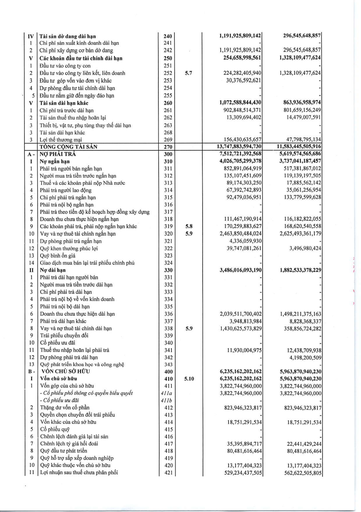
|IV|Tài sản dở dang dài hạn|240||1,191,925,809,142|296,545,648,857| |---|---|---|---|---|---| |1|Chi phí sản xuất kinh doanh dài hạn|241|||| |2|Chi phí xây dựng cơ bản dở dang|242||1,191,925,809,142|296,545,648,857| |V|Các khoản đầu tư tài chính dài hạn|250||254,658,998,561|1,328,109,477,624| |1|Đầu tư vào công ty con|251|||| |2|Đầu tư vào công ty liên kết, liên doanh|252|5.7|224,282,405,940|1,328,109,477,624| |3|Đầu tư góp vốn vào đơn vị khác|253||30,376,592,621|| |4|Dự phòng đầu tư tài chính dài hạn|254|||-| |5|Đầu tư nắm giữ đến ngày đáo hạn|255|||| |V|Tài sản dài hạn khác|260||1,072,588,844,430|863,936,958,974| |1|Chi phí trả trước dài hạn|261||902,848,514,371|801,659,156,249| |2|Tài sản thuế thu nhập hoãn lại|262||13,309,694,402|14,479,007,591| |3|Thiết bị, vật tư, phụ tùng thay thế dài hạn|263|||| |3|Tài sản dài hạn khác|268|||| |3|Lợi thế thương mại|269||156,430,635,657|47,798,795,134| ||TỔNG CỘNG TÀI SẢN|270||13,747,883,594,730|11,583,445,505,916| |A -|NỢ PHẢI TRẢ|300||7,512,721,392,568|5,619,574,565,686| |I|Nợ ngắn hạn|310||4,026,705,299,378|3,737,041,187,457| |1|Phải trả người bán ngắn hạn|311||852,891,064,919|517,381,867,012| |2|Người mua trả tiền trước ngắn hạn|312||135,107,451,609|119,139,197,505| |3|Thuế và các khoản phải nộp Nhà nước|313||89,174,303,250|17,885,562,142| |4|Phải trả người lao động|314||67,392,742,893|35,061,256,954| |5|Chi phí phải trả ngắn hạn|315||92,479,036,951|133,779,599,628| |6|Phải trả nội bộ ngắn hạn|316|||| |7|Phải trả theo tiến độ kế hoạch hợp đồng xây dựng|317|||| |8|Doanh thu chưa thực hiện ngắn hạn|318||111,467,190,914|116,182,822,055| |9|Các khoản phải trả, phải nộp ngắn hạn khác|319|5.8|170,259,883,627|168,620,540,558| |10|Vay và nợ thuê tài chính ngắn hạn|320|5.9|2,463,850,484,024|2,625,493,361,179| |11|Dự phòng phải trả ngắn hạn|321||4,336,059,930|| |12|Quỹ khen thưởng phúc lợi|322||39,747,081,261|3,496,980,424| |13|Quỹ bình ổn giá|323|||| |14|Giao dịch mua bán lại trái phiếu chính phủ|324|||-| |II|Nợ dài hạn|330||3,486,016,093,190|1,882,533,378,229| |1|Phải trả dài hạn người bán|331||-|-| |2|Người mua trả tiền trước dài hạn|332||-|-| |3|Chi phí phải trả dài hạn|333||-|| |4|Phải trả nội bộ về vốn kinh doanh|334|||-| |5|Phải trả nội bộ dài hạn|335||-|-| |6|Doanh thu chưa thực hiện dài hạn|336||2,039,511,700,402|1,498,211,375,163| |7|Phải trả dài hạn khác|337||3,948,813,984|8,828,368,337| |8|Vay và nợ thuê tài chính dài hạn|338|5.9|1,430,625,573,829|358,856,724,282| |9|Trái phiếu chuyển đổi|339|||| |10|Cổ phiếu ưu đãi|340|||| |11|Thuế thu nhập hoãn lại phải trả|341||11,930,004,975|12,438,709,938| |12|Dự phòng phải trả dài hạn|342|||4,198,200,509| |13|Quỹ phát triển khoa học và công nghệ|343|||| |B -|VỐN CHỦ SỞ HỮU|400||6,235,162,202,162|5,963,870,940,230| |I|Vốn chủ sở hữu|410|5.10|6,235,162,202,162|5,963,870,940,230| |1|Vốn góp của chủ sở hữu|411||3,822,744,960,000|3,822,744,960,000| ||- Cổ phiếu phổ thông có quyền biểu quyết|411a||3,822,744,960,000|3,822,744,960,000| ||- Cổ phiếu ưu đãi|411b|||| |2|Thặng dư vốn cổ phần|412||823,946,323,817|823,946,323,817| |3|Quyền chọn chuyển đổi trái phiếu|413|||| |4|Vốn khác của chủ sở hữu|414||18,751,291,534|18,751,291,534| |5|Cổ phiếu quỹ|415|||| |6|Chênh lệch đánh giá lại tài sản|416|||| |7|Chênh lệch tỷ giá hối đoái|417||35,395,894,717|22,441,429,244| |8|Quỹ đầu tư phát triển|418||80,481,616,464|80,481,616,464| |9|Quỹ hỗ trợ sắp xếp doanh nghiệp|419|||| |10|Quỹ khác thuộc vốn chủ sở hữu|420||13,177,404,323|13,177,404,323| |11|Lợi nhuận sau thuế chưa phân phối|421||529,234,437,505|562,622,505,805|